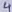
Text: 4